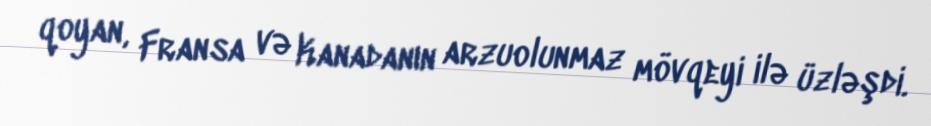
qoyan, Fransa və Kanadanın arzuolunmaz mövqeyi ilə üzləşdi.